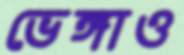
ভেঙ্গাও